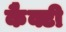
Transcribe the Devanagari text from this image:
कैक्टी